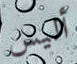
أليس